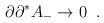
\begin{align*}\partial\partial^* A_- \rightarrow 0 \;\;.\end{align*}